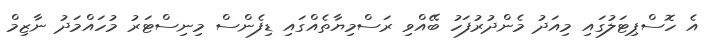
އެ ހޮސްޕިޓަލުގައި މިއަދު މެންދުރުފަހު ބޭއްވި ރަސްމިޔާތެއްގައި ޑިފެންސް މިނިސްޓަރު މުހައްމަދު ނާޒިމް